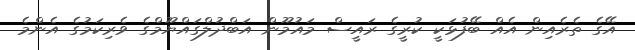
އޭގެ ތެރެއިން އެއް ބޭފުޅަކީ ކުރީގެ ރައީސް މައުމޫން އަބްދުލްގައްޔޫމްގެ ވެރިކަމުގެ އެންމެ